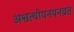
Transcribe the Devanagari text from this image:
अश्वत्थोपनयनव्रत